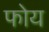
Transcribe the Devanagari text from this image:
फोय